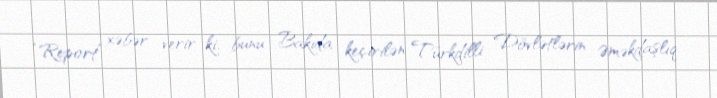
“Report” xəbər verir ki, bunu Bakıda keçirilən Türkdilli Dövlətlərin Əməkdaşlıq